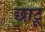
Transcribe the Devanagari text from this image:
छाटू